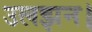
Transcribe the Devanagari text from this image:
उलझन।